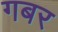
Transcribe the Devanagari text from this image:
गबर